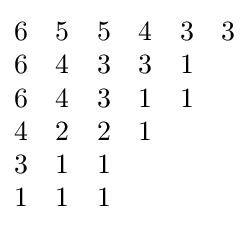
{\begin{matrix}6&5&5&4&3&3\\6&4&3&3&1&\\6&4&3&1&1&\\4&2&2&1&&\\3&1&1&&&\\1&1&1&&&\end{matrix}}